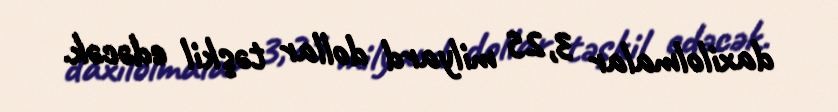
daxilolmalar 3,25 milyard dollar təşkil edəcək.